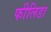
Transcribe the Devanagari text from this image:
फीलिडा